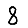
Digit: 8